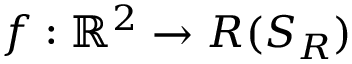
f : \mathbb { R } ^ { 2 } \rightarrow R ( S _ { R } )